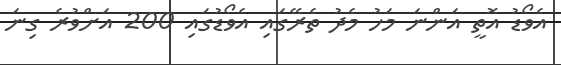
އެވޯޑު އޮތީ އަންނަ މަހު މެދު ތެރޭގައި އެވޯޑުގައި 200 އަށްވުރެ ގިނަ